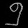
Digit: ၅